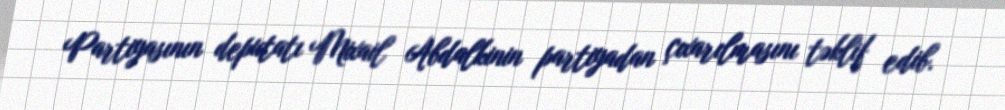
Partiyasının deputatı Mixail Abdalkinin partiyadan çıxarılmasını təklif edib.